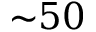
{ \sim } 5 0